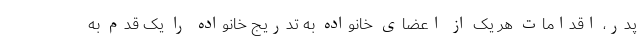
پدر، اقدامات هر یک از اعضای خانواده به تدریج خانواده را یک قدم به